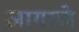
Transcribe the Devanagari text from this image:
जागरणे